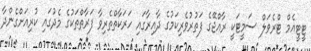
ޓީޓީއެމް ޓްރެވަލް ސަމީޓަކީ ރާއްޖޭގެ ފަތުރުވެރިކަމުގެ ދާއިރާގައި ހަރަކާތްތެރިވާ ފަރާތްތަކުގެ މެދުގައި ކުރިއަށްގެންދާ